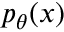
p _ { \theta } ( x )